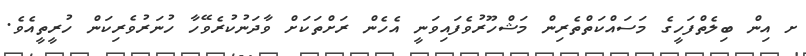
ށ އިން ބިލެތްފަހީގެ މަސައްކަތްތެރިން މަޝްހޫރުވެފައިވަނީ އެހެން ރަށްތަކަށް ވާދަނުކުރެވޭހާ ހުނަރުވެރިކަން ހުރީތީއެވެ.